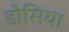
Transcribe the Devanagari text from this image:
डोसिया